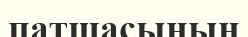
патшасының